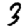
Digit: 3